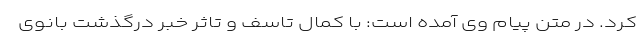
کرد. در متن پیام وی آمده است: با کمال تاسف و تاثر خبر درگذشت بانوی